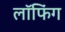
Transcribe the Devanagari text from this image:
लॉफिंग